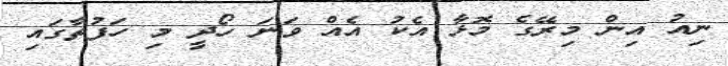
ނިއު އިން މިރޭގެ މޮޅާ އެކު އެއް ވަނަ ހޯދީ މި ހަފުތާގައި